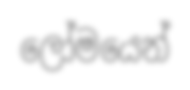
ලෝමයෙන්